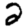
Digit: 2